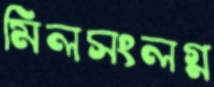
মিলসংলগ্ন